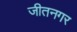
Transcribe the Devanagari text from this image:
जीतनगर